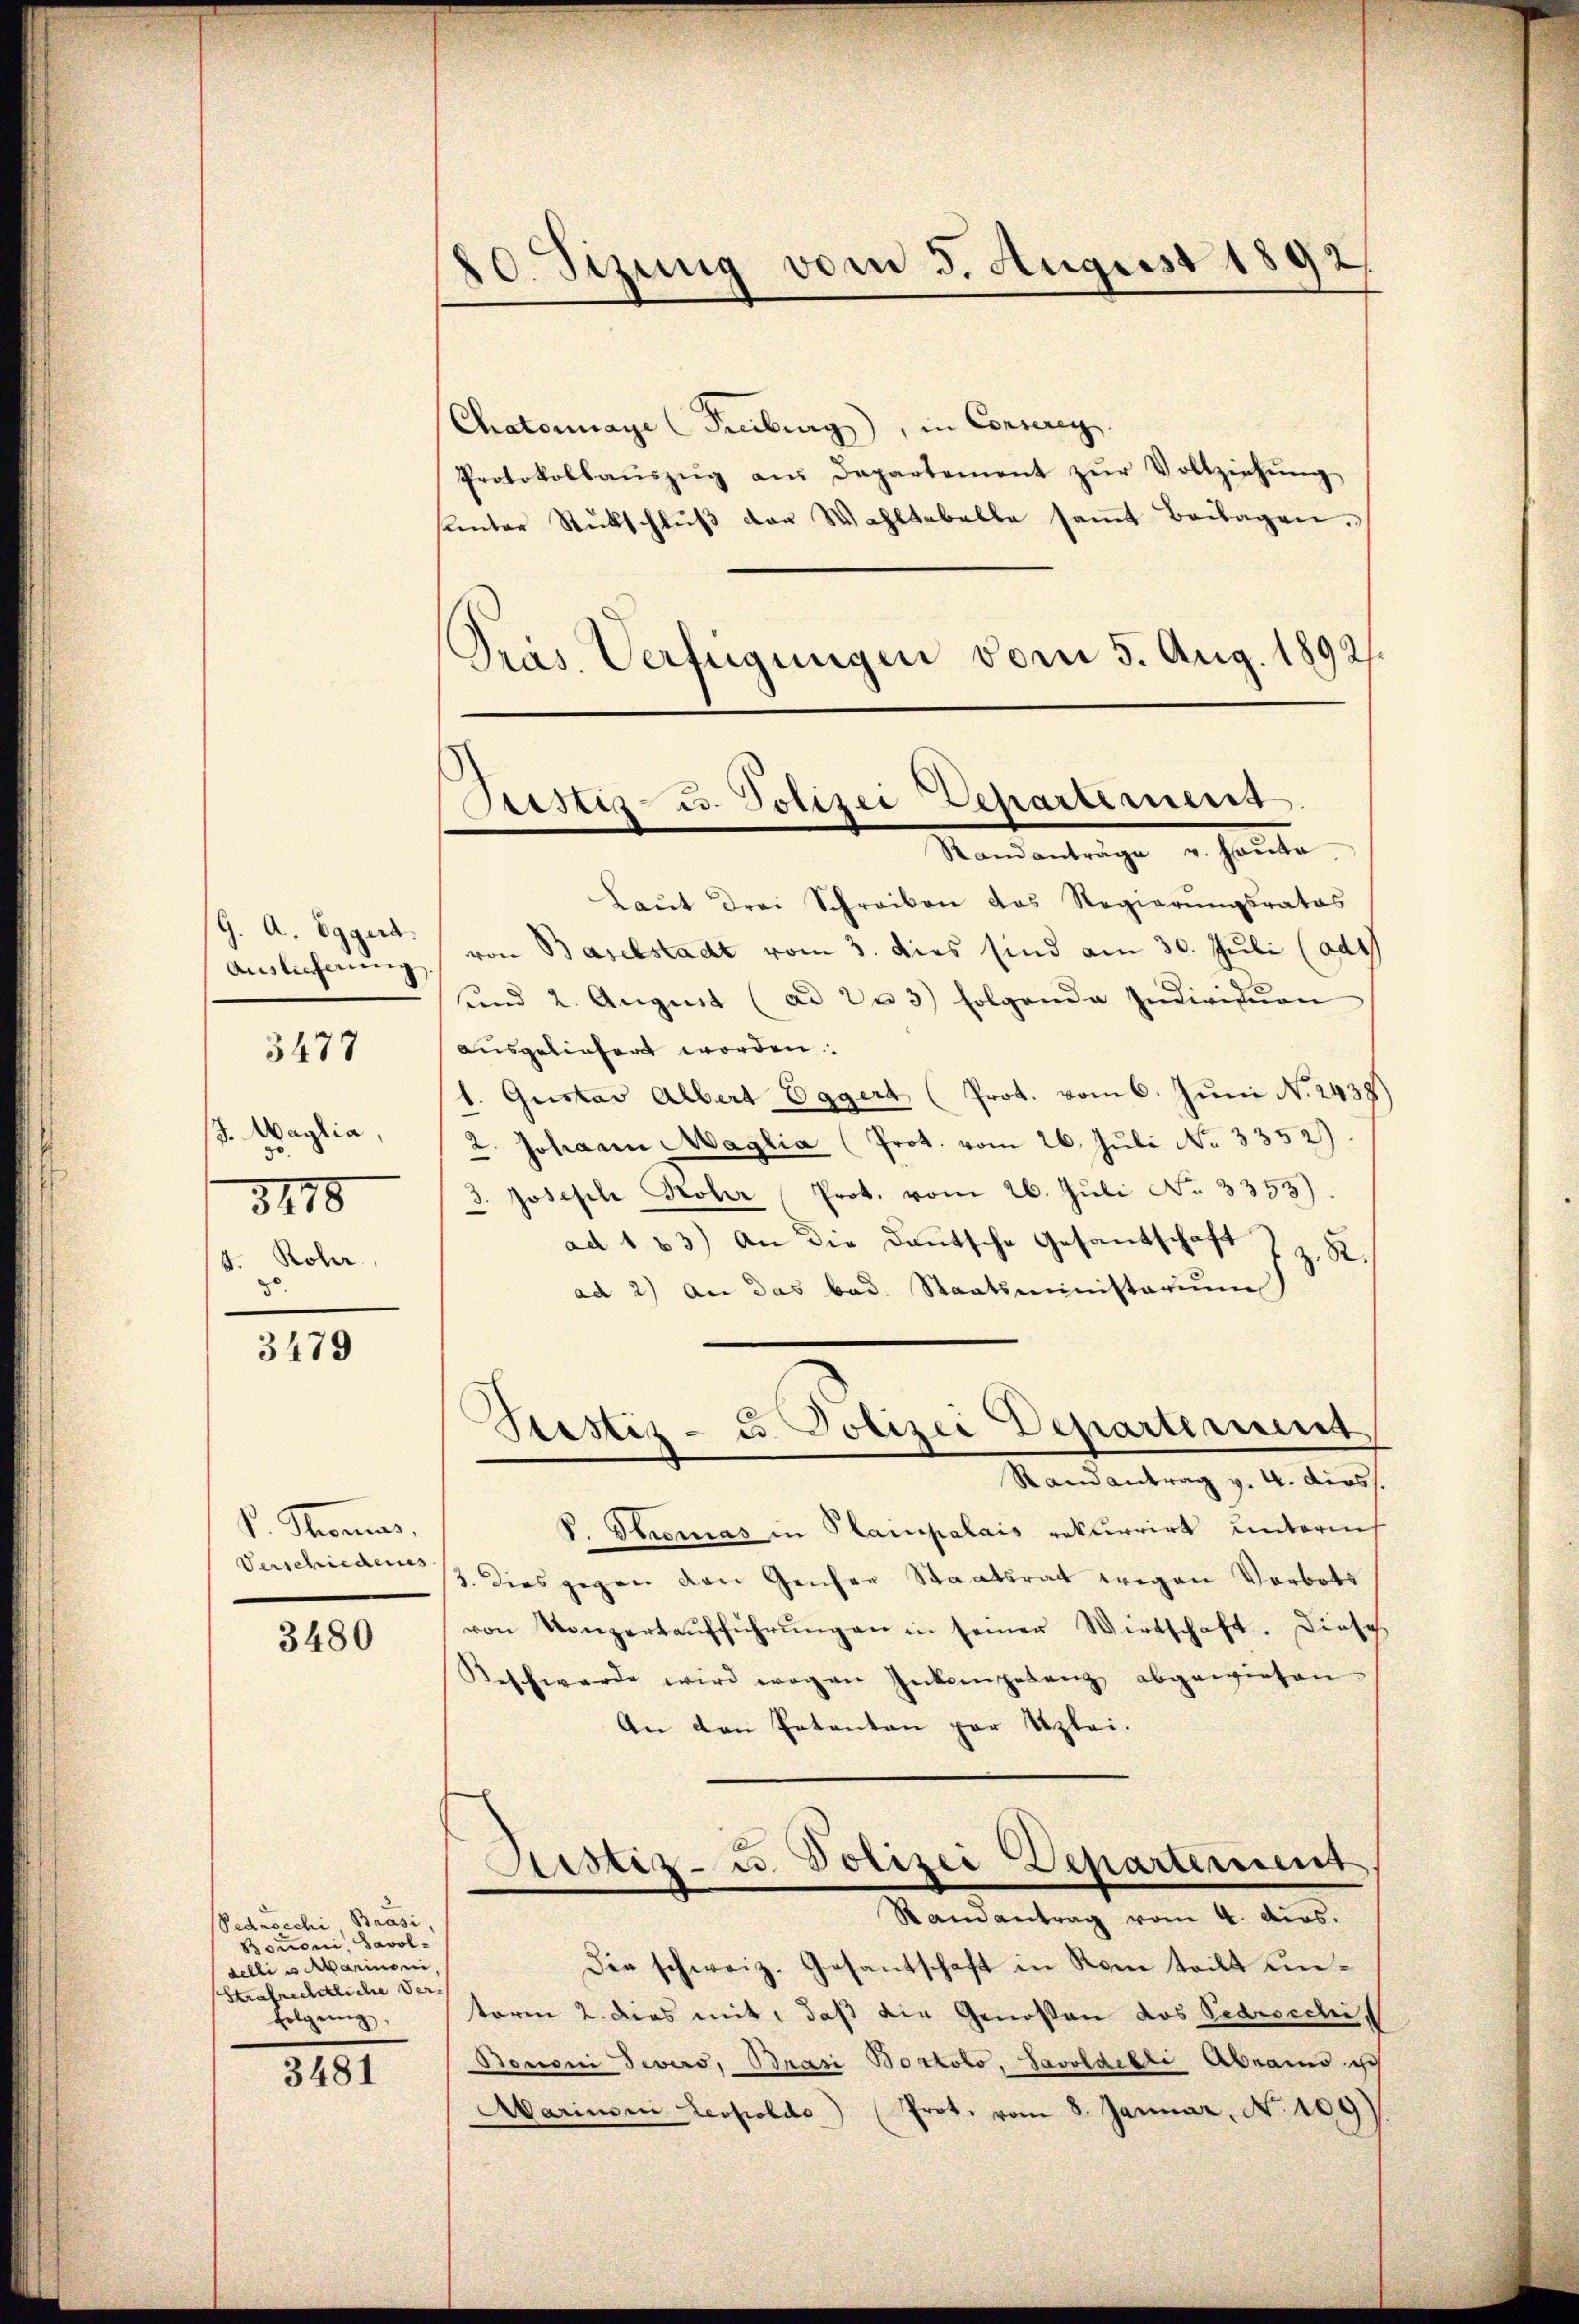
/9. A. Eggers.
Auslieferung.

3477

/. Maylia,
3178
4. Rohr.
30.

3479

v. Thomas,
Verschiedenes

3480

Pednocchi, Brasi,
Bouoni, Savol-
delli es Marinen,
Strafrechtliche Ver-
folgung,

3481

20. Sizung vom 5. August 1892.

Chatornage (Freiburg), in Connerey
Protokollaŭszŭg aŭs Departement zŭr Vollziehŭng
sunter Rückschlŭβ der Wahltabelle saṁt Beilagen.
Präs. Verfügungen vom 5. Aug. 1892.

Justiz- u. Polizei Departement
.
Randanträge v. Hauta

Laŭt drei Schreiben das Regierŭngsrates
von Baselstadt vom 3. dies sind am 30. Juli (ad1
und 2. August (ad 2 u 3) folgende Individuen
ausgeliefert worden.
1. Gustav Albert Eggert (Prot. vom 6. Juni N. 2438)
2. Johann Maglia (Prot. vom 26. Juli No 3352).
3. Joseph Kober Prot. vom 26. Juli No 3353).
ad 123) An die Daŭtsche Gesandschaft I z. R.
ad 2) An das bad. Staatsministerium
S. Giromas in Plainpalais rekurrirt unterneh
3. Dies gegen den Genfer Staatsrat wegen Verbots
von Konzerkaŭfführŭngen in seiner Wirtschaft. Diese
Beschwerde wird wegen Inkompetenz abgewiesen.
An den Petenten par Uzlei.
Justiz- u. Polizei Departement
Randantrag vom 4. ders.
Die schweiz. Gesantschaft in Rom teilt untoren 2. dies mit, daß die Genossen das Pedrscchi,
Bononi Jevers, Brasi Bostolo, Savoldikte Abrais ich
Aarimoni Leopoldo) (Prot. vom 8. Januar, No. 109

Stestiz- u. Polizei Departement
Randantrag v. 4. diess.